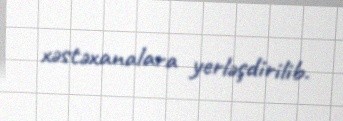
xəstəxanalara yerləşdirilib.